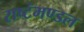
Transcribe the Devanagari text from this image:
राष्टंमण्डल